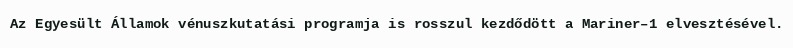
Az Egyesült Államok vénuszkutatási programja is rosszul kezdődött a Mariner–1 elvesztésével.